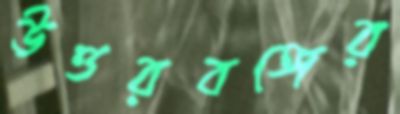
উত্তরবঙ্গের